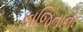
કાજિતાનો